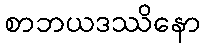
စာဘယဒဿိနော